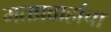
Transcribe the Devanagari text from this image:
मतप्रवाहांचा